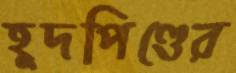
হূদপিণ্ডের